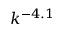
k ^ { - 4 . 1 }